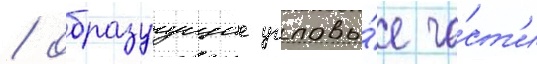
/ образуущие угловы́е ча́ст'и